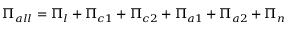
\Pi _ { a l l } = \Pi _ { l } + \Pi _ { c 1 } + \Pi _ { c 2 } + \Pi _ { a 1 } + \Pi _ { a 2 } + \Pi _ { n }